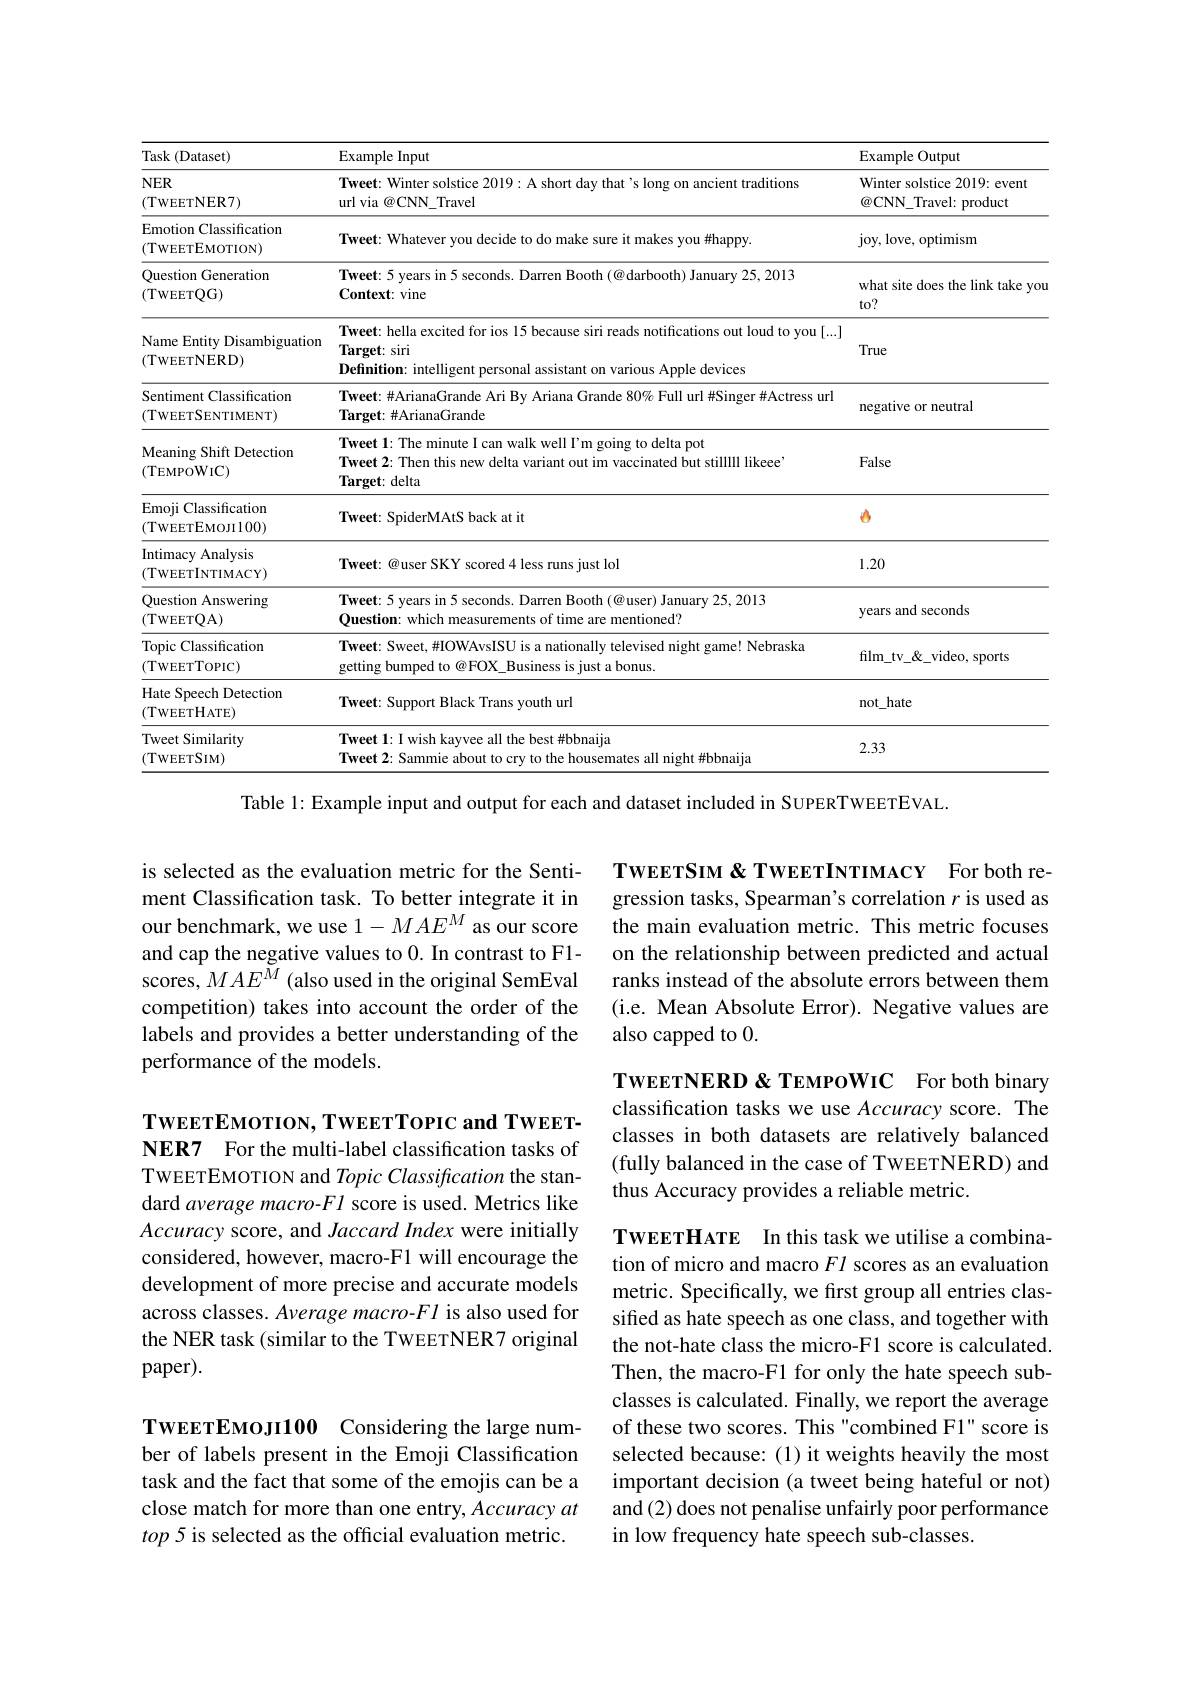
<table>
	<tbody>
		<tr>
			<th>Task ( Dataset) </th>
			<th>Example Input</th>
			<th>Example Output</th>
		</tr>
		<tr>
			<td>$NER$ (TWEETNER7)</td>
			<td>Tweet: Winter solstice 2019: A short day that's long on ancient traditions url via @CNN\_Travel</td>
			<td>Winter solstice 2019: event $\textcircled{a}$CNN\_Travel: product</td>
		</tr>
		<tr>
			<td>Emotion Classification (TWEETEMOTION)</td>
			<td>Tweet: Whatever you decide to do make sure it makes you #happy.</td>
			<td>joy, love, optimism</td>
		</tr>
		<tr>
			<td>Ouestion Generation (TWEETQG)</td>
			<td>Tweet: 5 years in 5 seconds. Darren Booth $(@$darbooth) January 25, 2013 $\mathbf{Context:vine}$</td>
			<td>what site does the link take you $to?$</td>
		</tr>
		<tr>
			<td>Name Entity Disambiguation (TWEETNERD)</td>
			<td>Tweet: hella excited for ios 15 because siri reads notifications out loud to you [...] $\textbf{Target: siri}$ Definition: intelligent personal assistant on various Apple devices</td>
			<td>True</td>
		</tr>
		<tr>
			<td>Sentiment Classification (TWEETSENTIMENT)</td>
			<td>Tweet: #ArianaGrande Ari By Ariana Grande 80% Full url #Singer #Actress url $\textbf{Target: \# ArianaGrande}$</td>
			<td>negative or neutral</td>
		</tr>
		<tr>
			<td>Meaning Shift Detection (TEMPOWIC)</td>
			<td>Tweet 1: The minute I can walk well I'm going to delta pot Tweet 2: Then this new delta variant out im vaccinated but stilllll likeee $\textbf{Target: delta}$</td>
			<td>False</td>
		</tr>
		<tr>
			<td>Emoji i Classification (TWEETEMOJI100)</td>
			<td>Tweet: SpiderMAtS back at it</td>
			<td> </td>
		</tr>
		<tr>
			<td>Intimacy Analysis (TWEETINTIMACY)</td>
			<td>Tweet: @user SKY scored 4 less runs just lol</td>
			<td>1.20</td>
		</tr>
		<tr>
			<td>Question Answering (TWEETQA)</td>
			<td>$\textbf{Tweet: 5 years in 5 seconds. Darren Booth( @ user) January 25, 2013}$ Question: which measurements of time are mentioned?</td>
			<td>years and seconds</td>
		</tr>
		<tr>
			<td>Topic Classification (TWEETTOPIC)</td>
			<td>Tweet: Sweet, #IOWAvsISU is a nationally televised night game! Nebraska getting bumped to @FOX\_Business is just a bonus.</td>
			<td>film$\_$tv$\_ \& \_$video, sports</td>
		</tr>
		<tr>
			<td>Hate Speech Detection (TWEETHATE)</td>
			<td>Tweet: Support Black Trans youth url</td>
			<td>not\_hate</td>
		</tr>
		<tr>
			<td>Tweet Similarity (TWEETSIM)</td>
			<td>Tweet 1: I wish kayvee all the best #bbnaija Tweet 2: Sammie about to cry to the housemates all night #bbnaija</td>
			<td>2.33</td>
		</tr>
	</tbody>
</table>
Table 1: Example input and output for each and dataset included in SUPERTWEETEVAL.

is selected as the evaluation metric for the Sentiment Classification task. To better integrate it in our benchmark, we use $1-MAE^M$ as our score and cap the negative values to 0. In contrast to F1- scores, $MAE^{\bar{M}}$ (also used in the original SemEval competition) takes into account the order of the labels and provides a better understanding of the performance of the models.

$\mathbf{TweerEMorion,TweerTopicandTweer-}$ NER7 For the multi-label classification tasks of TWEETEMOTION and TopicClassification the standard average macro-Fl score is used. Metrics like Accuracy score, and Jaccard Index were initially considered, however, macro-F1 will encourage the development of more precise and accurate models across classes. Average macro-Fl is also used for the NER task (similar to the TWEETNER7 original paper).

ber of labels present in the Emoji Classification task and the fact that some of the emojis can be a close match for more than one entry, Accuracy at top 5 is selected as the official evaluation metric.

TWEETSIM & TWEETINTIMACY For both regression tasks, Spearman's correlation $r$ is used as the main evaluation metric. This metric focuses on the relationship between predicted and actual ranks instead of the absolute errors between them (i.e. Mean Absolute Error). Negative values are also capped to 0.

$\textbf{TweerNERD \& TEMPoWIC}$ For both binary classification tasks we use Accuracy score. The classes in both datasets are relatively balanced (fully balanced in the case of TWEETNERD) and thus Accuracy provides a reliable metric.

$\textbf{TWEETHATE}$ In this task we utilise a combination of micro and macro $Fl$ scores as an evaluation metric. Specifically, we first group all entries classified as hate speech as one class, and together with the not-hate class the micro-F1 score is calculated Then, the macro-F1 for only the hate speech subclasses is calculated. Finally, we report the average of these two scores. This "combined F1" score is selected because: (1) it weights heavily the most important decision (a tweet being hateful or not) and(2) does not penalise unfairly poor performance in low frequency hate speech sub-classes.